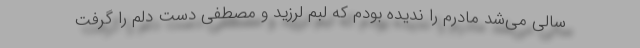
سالی می‌شد مادرم را ندیده بودم که لبم لرزید و مصطفی دست دلم را گرفت